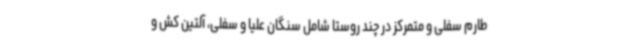
طارم سفلی و متمرکز در چند روستا شامل سنگان علیا و سفلی، آلتین کش و